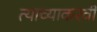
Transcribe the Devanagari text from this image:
त्याच्याकरवी